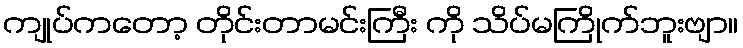
ကျုပ်ကတော့ တိုင်းတာမင်းကြီး ကို သိပ်မကြိုက်ဘူးဗျာ။